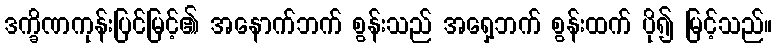
ဒက္ခိဏကုန်းပြင်မြင့်၏ အနောက်ဘက် စွန်းသည် အရှေ့ဘက် စွန်းထက် ပို၍ မြင့်သည်။